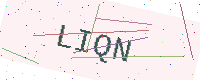
Text: LIQN